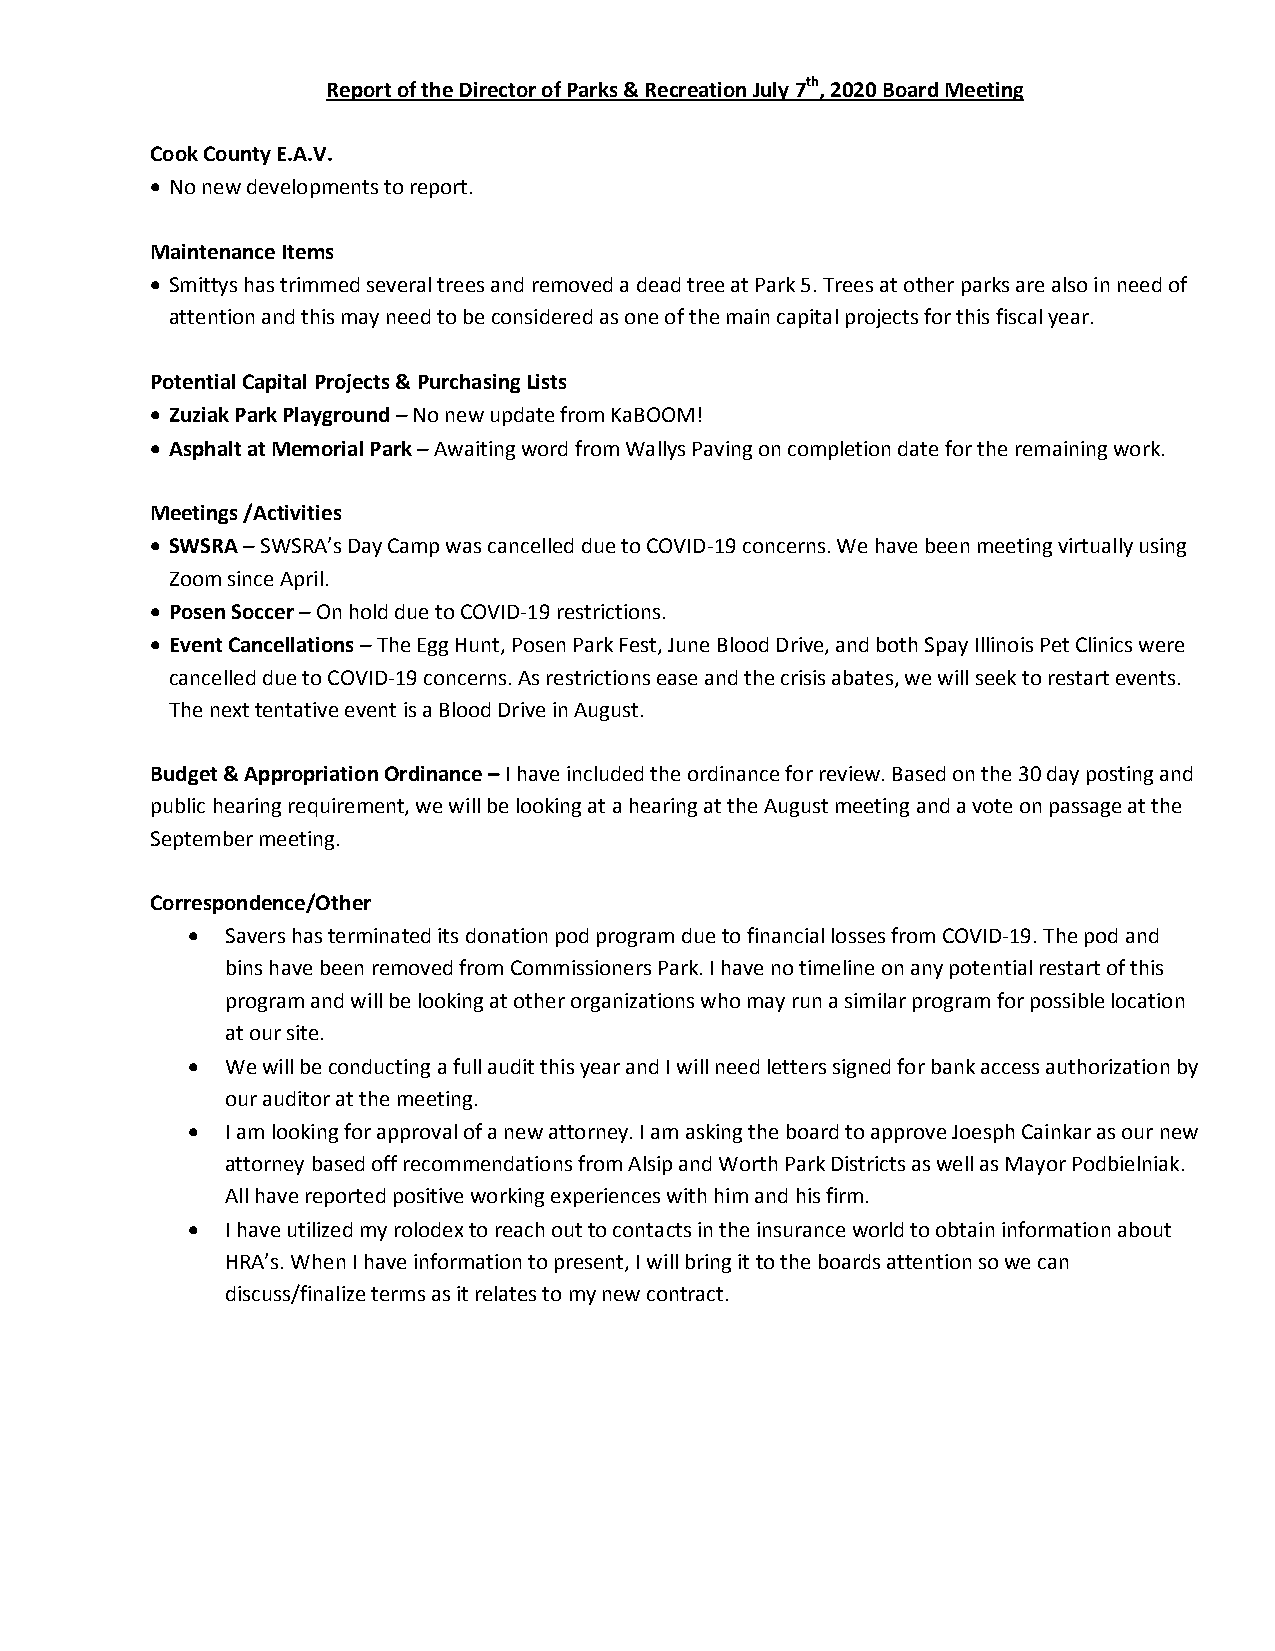
Report of the Director of Parks & Recreation July 7th, 2020 Board Meeting
 Cook County E.A.V.
  No new developments to report.
 Maintenance Items
  Smittys has trimmed several trees and removed a dead tree at Park 5. Trees at other parks are also in need of
 attention and this may need to be considered as one of the main capital projects for this fiscal year.
 Potential Capital Projects & Purchasing Lists
  Zuziak Park Playground – No new update from KaBOOM!
  Asphalt at Memorial Park – Awaiting word from Wallys Paving on completion date for the remaining work.
 Meetings /Activities
  SWSRA – SWSRA’s Day Camp was cancelled due to COVID-19 concerns. We have been meeting virtually using
 Zoom since April.
  Posen Soccer – On hold due to COVID-19 restrictions.
  Event Cancellations – The Egg Hunt, Posen Park Fest, June Blood Drive, and both Spay Illinois Pet Clinics were
 cancelled due to COVID-19 concerns. As restrictions ease and the crisis abates, we will seek to restart events.
 The next tentative event is a Blood Drive in August.
 Budget & Appropriation Ordinance – I have included the ordinance for review. Based on the 30 day posting and
 public hearing requirement, we will be looking at a hearing at the August meeting and a vote on passage at the
 September meeting.
 Correspondence/Other
   Savers has terminated its donation pod program due to financial losses from COVID-19. The pod and
 bins have been removed from Commissioners Park. I have no timeline on any potential restart of this
 program and will be looking at other organizations who may run a similar program for possible location
 at our site.
   We will be conducting a full audit this year and I will need letters signed for bank access authorization by
 our auditor at the meeting.
   I am looking for approval of a new attorney. I am asking the board to approve Joesph Cainkar as our new
 attorney based off recommendations from Alsip and Worth Park Districts as well as Mayor Podbielniak.
 All have reported positive working experiences with him and his firm.
   I have utilized my rolodex to reach out to contacts in the insurance world to obtain information about
 HRA’s. When I have information to present, I will bring it to the boards attention so we can
 discuss/finalize terms as it relates to my new contract.